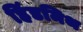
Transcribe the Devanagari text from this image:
हिंडमिथ